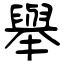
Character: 舉